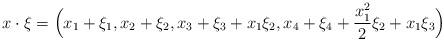
LaTeX: \begin{align*} x\cdot \xi =\Bigl(x_1+\xi_1, x_2+\xi_2, x_3+\xi_3+ x_1\xi_2, x_4+\xi_4 +\frac{x_1^2}{2}\xi_2+x_1\xi_3\Bigr)\end{align*}